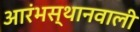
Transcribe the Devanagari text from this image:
आरंभस्थानवाली